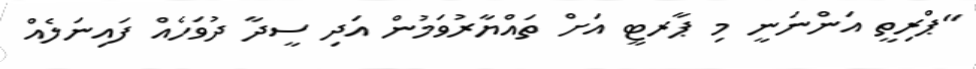
"ޕްރިތީ އަންނަނީ މި ޕާރޓީ އަށް ތަައްޔާރުވަމުން އަދި ސީދާ ދުވަހެއް ފައިނަލެއް